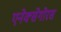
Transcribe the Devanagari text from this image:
एनेक्सेगोरस